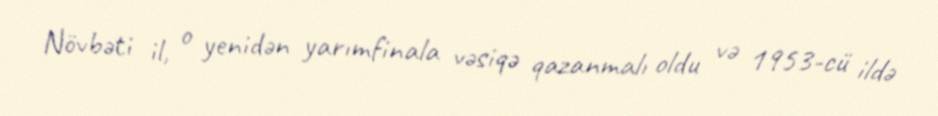
Növbəti il, o yenidən yarımfinala vəsiqə qazanmalı oldu və 1953-cü ildə